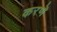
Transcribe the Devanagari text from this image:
करणॆ